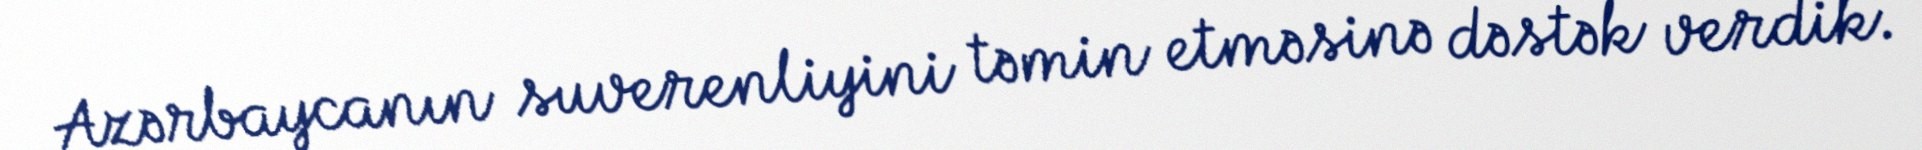
Azərbaycanın suverenliyini təmin etməsinə dəstək verdik.